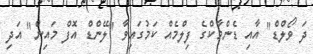
ދަ ވޯލްޑް" އާއި ޑެންމާކްގެ ފިލްމެއް ކަމުގައިވާ "ލޭންޑް އޮފް މައިން" އަދި